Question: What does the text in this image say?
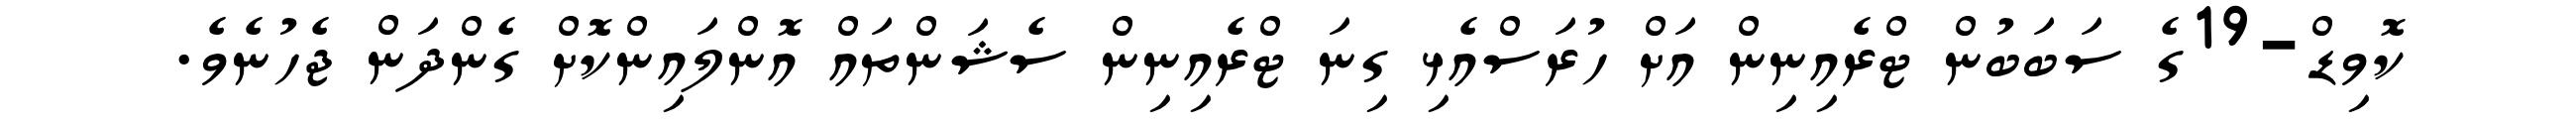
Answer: ކޮވިޑް-19ގެ ސަބަބުން ޓްރެއިނިން އަށް ހުރަސްއެޅި ގިނަ ޓްރެއިނިން ސެޝަންތައް އޮންލައިންކޮށް ގެންދަން ޖެހުނެވެ.